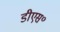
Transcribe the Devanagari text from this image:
डीएस॰